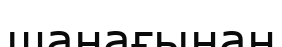
шанағынан